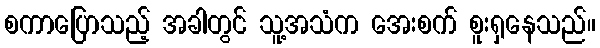
စကာပြောသည့် အခါတွင် သူ့အသံက အေးစက် စူးရှနေသည်။